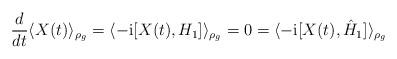
LaTeX: \begin{align*}\frac{d}{dt}\langle X(t)\rangle_{\rho_g}=\langle-\mbox{i}[X(t),H_1]\rangle_{\rho_g}=0=\langle-\mbox{i}[X(t),\hat{H}_1]\rangle_{\rho_g}\end{align*}